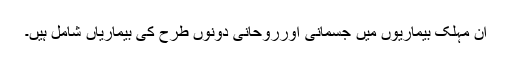
ان مہلک بیماریوں میں جسمانی اورروحانی دونوں طرح کی بیماریاں شامل ہیں۔